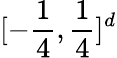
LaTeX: [-\frac 14,\frac 14]^{d}